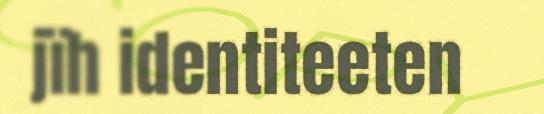
jïh identiteeten